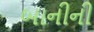
બાનીની